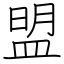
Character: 盟